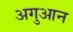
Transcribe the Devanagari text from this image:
अगुआन